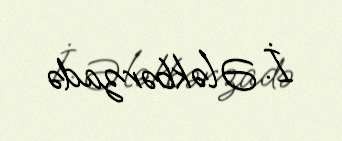
İ. Ələkbərzadə